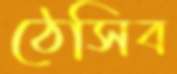
ঠেসিব